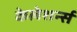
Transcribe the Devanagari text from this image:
केलेशर्न्स